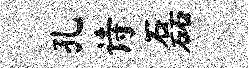
孔诗磊